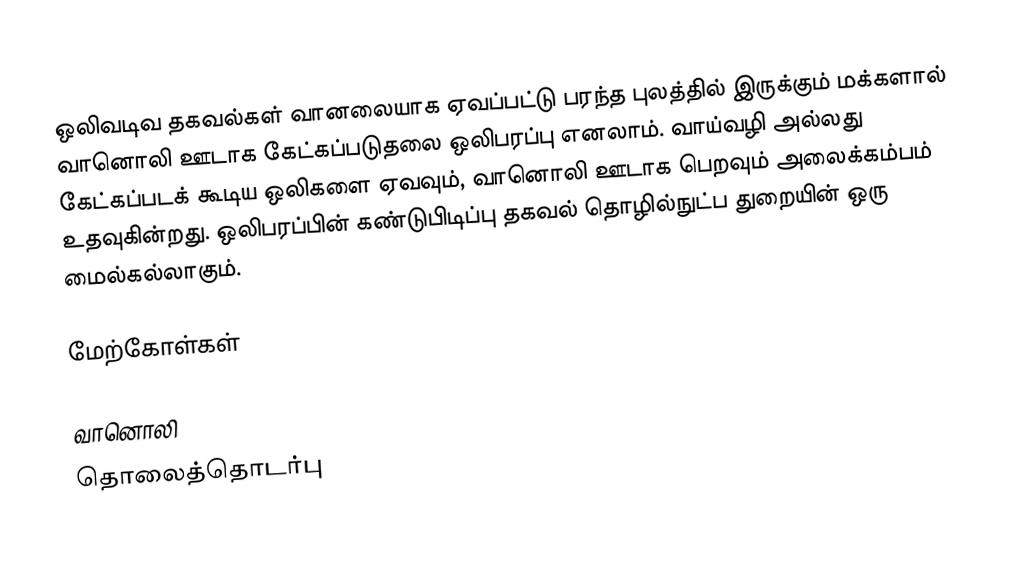
ஒலிவடிவ தகவல்கள் வானலையாக ஏவப்பட்டு பரந்த புலத்தில் இருக்கும் மக்களால் வானொலி ஊடாக கேட்கப்படுதலை ஒலிபரப்பு எனலாம். வாய்வழி அல்லது கேட்கப்படக் கூடிய ஒலிகளை ஏவவும், வானொலி ஊடாக பெறவும் அலைக்கம்பம் உதவுகின்றது. ஒலிபரப்பின் கண்டுபிடிப்பு தகவல் தொழில்நுட்ப துறையின் ஒரு மைல்கல்லாகும்.

மேற்கோள்கள்

வானொலி
தொலைத்தொடர்பு